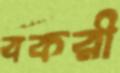
বকরী